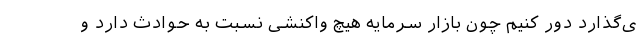
ی‌گذارد دور کنیم چون بازار سرمایه هیچ واکنشی نسبت به حوادث دارد و